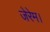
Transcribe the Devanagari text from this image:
जेरेम।